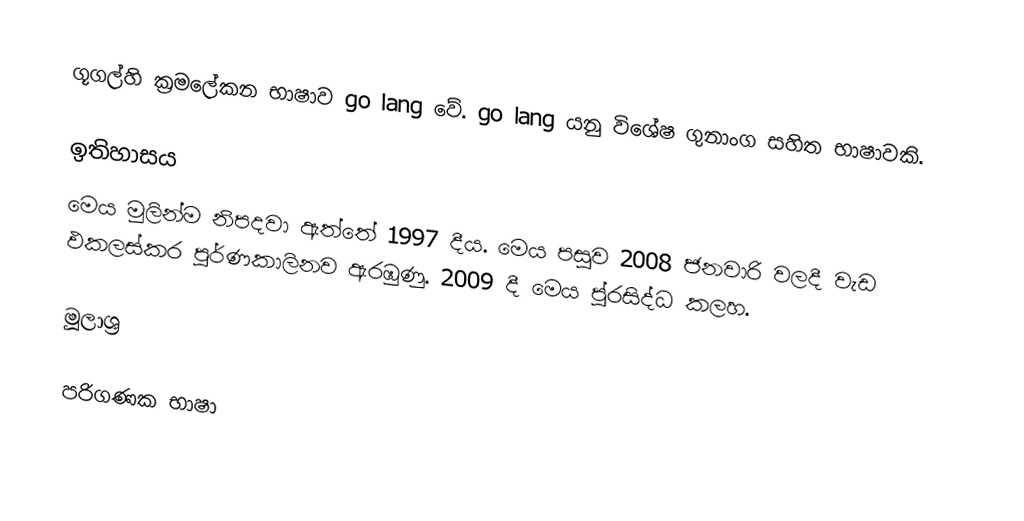
ගූගල්හි ක්‍රමලේකන භාෂාව go lang වේ. go lang යනු වි⁣ශේෂ ගුනාංග සහිත භාෂාවකි.

ඉතිහාසය
මෙය මුලින්ම නිපදවා ඇත්තේ 1997 දීය. මෙය පසුව 2008 ජනවාරි වලදී වැඩ ඵකලස්කර පූර්ණකාලිනව ඇරඹුණු. 2009 දී මෙය පු්‍රසිද්ධ කලහ.

මූලාශ්‍ර

පරිගණක භාෂා